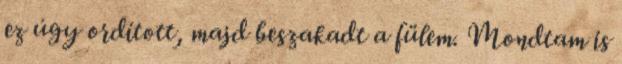
ez úgy ordított, majd beszakadt a fülem. Mondtam is